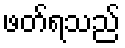
ဖတ်ရသည်